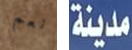
نعم مدينة